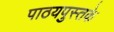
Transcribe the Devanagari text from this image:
पाठयपुस्तके